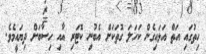
ހިތުގައި އަތް އަޅައިގެން ކަހަލަ ގޮތަކަށް އެބުނި ކޮޓަރި އާއި ހިސާބަށް ދިޔައީމެވެ.